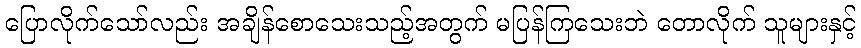
ပြောလိုက်သော်လည်း အချိန်စောသေးသည့်အတွက် မပြန်ကြသေးဘဲ တောလိုက် သူများနှင့်